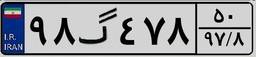
۹۸گ۴۷۸۵۰